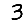
Digit: 3